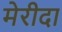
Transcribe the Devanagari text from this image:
मेरीदा